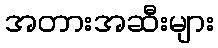
အတားအဆီးများ